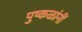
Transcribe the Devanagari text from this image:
पुष्कळांनीं